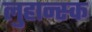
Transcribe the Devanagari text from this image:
लुहान्स्क